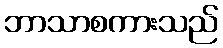
ဘာသာစကားသည်